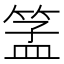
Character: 𱸋